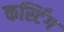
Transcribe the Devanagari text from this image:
कर्स्टिंग